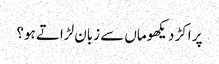
پر اکڑ دیکھوماں سے زبان لڑاتے ہو؟